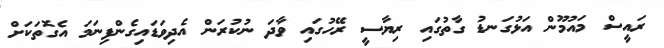
ރައީސް މައުމޫން އަޅުގަނޑު ގާތުގައި ރިޔާސީ ރޭހުގައި ވާދަ ނުކުރަން އެދިވަޑައިގެންފިނަމަ އެގޮތަކަށް